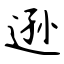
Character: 逊